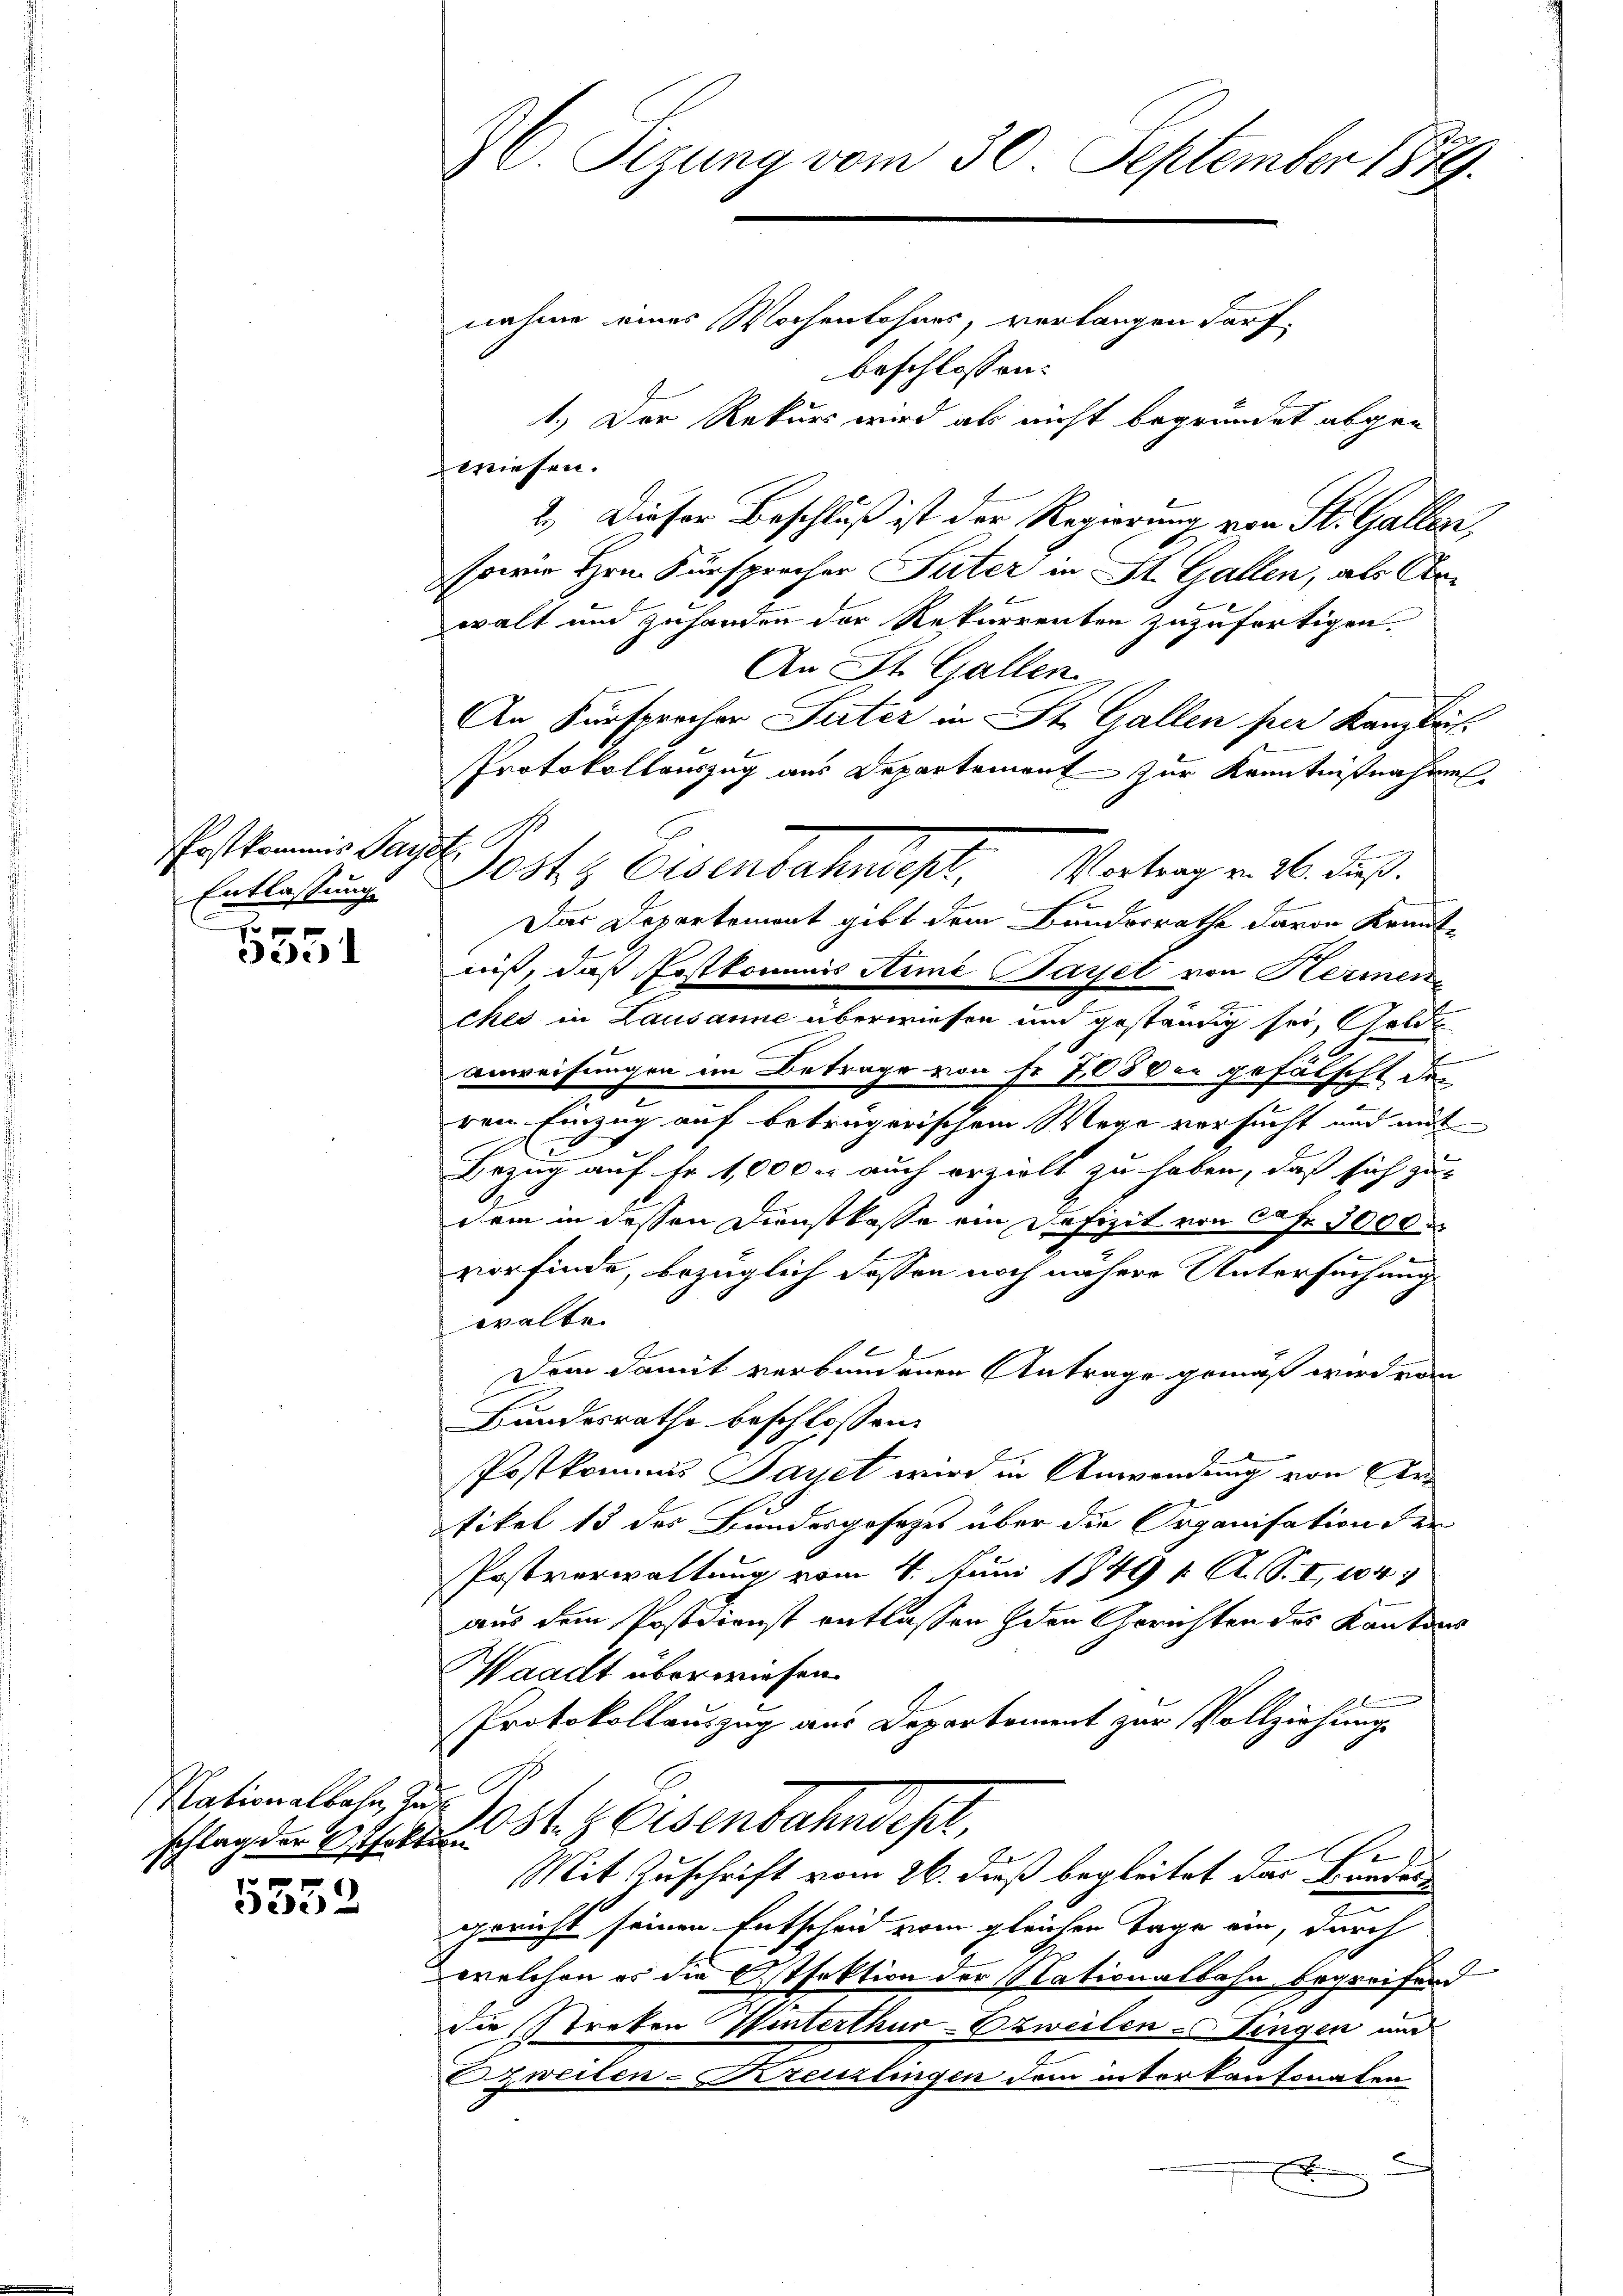
Entlassung

5551

Nationalbahn, Se
schlag der Offaktion
.

5552

C. Sizung vom 30. September 1849.
nahme eines Wochenlohnes, verlangen darf.
beschlossen:
1.) Der Rekurs wird als nicht begründet abgen

wiesen.
2.) Dieser Beschluß ist der Regierung von St. Gallen,
sowie Hrn. Fürsprecher Suter in St. Gallen, als Arwalt und zuhanden der Rekurrenten zuzufertigen.
An St. Gallen.
An Fürsprecher Suter in St. Gallen per Kanzleit
Protokollauszug aus Departement zur Kenntnißnahme
Das Departement gibt dem Bundesrathe davon Kennt-
niß, daß Postkommis Arme Payet von Hermen
ches in Lausanne überwiesen und geständig sei, Gelde
Anweisungen im Betrage von Fr. 703 von gefälscht de
ren Einzug auf beträgerischem Wege versucht und mit
.
Bezug auf Fr. 1,000. auch erzielt zu haben, daß sich zu-
dem in dessen Dienstkasse ein Defizit von Cafr. 3000.
e
vorfinde, bezüglich dessen noch nähere Untersuchung
walte.
Dem damit verbundenen Antrage gemäß wird vom
Bundesrathe beschlossen:
Postkommis Jayet wird in Anwendung von Ertikel 13 des Bundesgesezes über die Organisation der
Postverwaltung vom 4. Juni 1849 1. A. S. I, 104
aus dem Postdienst entlassen den Gerichten des Kantons
Waadt überwiesen.
Protokollauszug aus Departement zur Vollziehung
Post gesenbahndes,
Mit Zuschrift vom 26. Fuß begleitet das Bundes
gericht seinen Entscheid vom gleichen Tage ein, durch
welchen es die Ostfektion der Nationalbahn begreifend
Die Streken Winterthur-Ezweilen Fingen und
zweiten-Kreuzlingen dem interkantonalen
u
E

Ersteines St. Posts Eisenbahntest. Vortrag v. 26. Fuß.